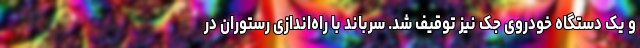
و یک دستگاه خودروی جک نیز توقیف شد. سرباند با راه‌اندازی رستوران در